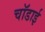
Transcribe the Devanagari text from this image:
चॉडाई